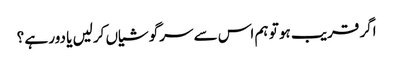
اگر قریب ہو تو ہم اس سے سرگوشیاں کرلیں یا دور ہے ؟